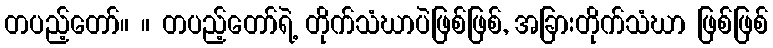
တပည့်တော်။ ။ တပည့်တော်ရဲ့ တိုက်သံဃာပဲဖြစ်ဖြစ်, အခြားတိုက်သံဃာ ဖြစ်ဖြစ်